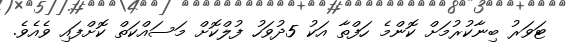
ޓަވަރު ބިނާކުރުމަށް ކޮންމެ ހަފްތާ އަކު 5ދުވަހު ފުލްކޮށް މަސައްކަތް ކޮށްފައި ވެއެވެ.